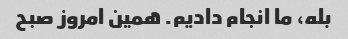
بله، ما انجام دادیم. همین امروز صبح